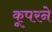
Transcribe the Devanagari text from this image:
कूपरने